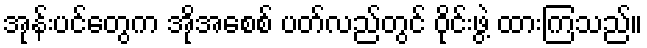
အုန်းပင်တွေက အိုအေစစ် ပတ်လည်တွင် ဝိုင်းဖွဲ့ ထားကြသည်။